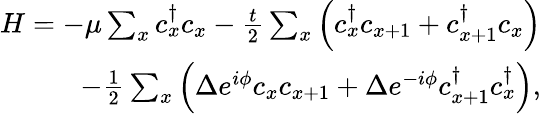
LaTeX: \begin{array}{r}{H=-\mu\sum_{x}c_{x}^{\dagger}c_{x}-\frac{t}{2}\sum_{x}\left(c_{x}^{\dagger}c_{x+1}+c_{x+1}^{\dagger}c_{x}\right)}\\ {-\frac{1}{2}\sum_{x}\left(\Delta e^{i\phi}c_{x}c_{x+1}+\Delta e^{-i\phi}c_{x+1}^{\dagger}c_{x}^{\dagger}\right),}\end{array}